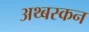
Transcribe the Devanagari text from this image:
अथ्बस्कन